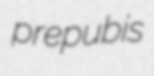
prepubis